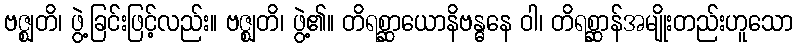
ဗဇ္ဈတိ၊ ဖွဲ့ခြင်းဖြင့်လည်း။ ဗဇ္ဈတိ၊ ဖွဲ့၏။ တိရစ္ဆာယောနိဗန္ဓနေ ဝါ၊ တိရစ္ဆာန်အမျိုးတည်းဟူသော